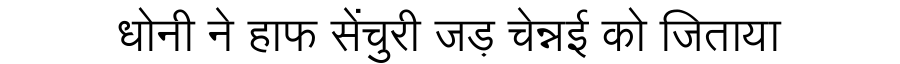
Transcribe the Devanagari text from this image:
धोनी ने हाफ सेंचुरी जड़ चेन्नई को जिताया